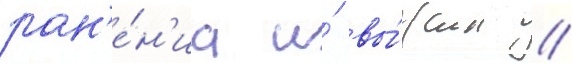
ран'е́н'иа и́ вы́жил //